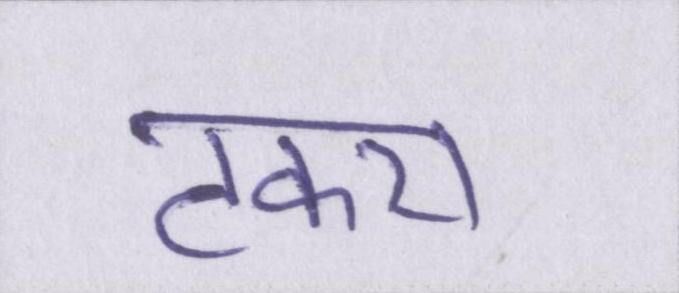
टकरा